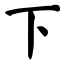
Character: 下